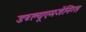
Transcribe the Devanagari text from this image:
डब्ल्यूएमजेंनिंग्स